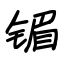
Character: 镅